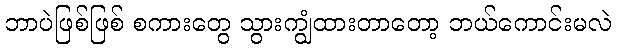
ဘာပဲဖြစ်ဖြစ် စကားတွေ သွားကျွံထားတာတော့ ဘယ်ကောင်းမလဲ